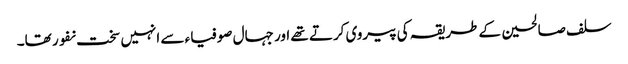
سلف صالحین کے طریقہ کی پیروی کرتے تھے اور جہال صوفیاء سے انہیں سخت نفور تھا۔